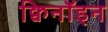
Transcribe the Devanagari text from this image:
क्विनॉइन